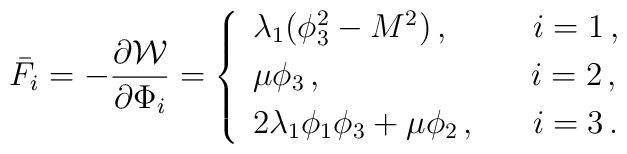
\bar{F}_i= -\frac{\partial{\cal W}}{\partial\Phi_i}=\left\{\begin{array}{l}\lambda_1(\phi^2_3 - M^2)\, , \,\,\, ~~~~~~i=1\, ,\\[0.1cm]\mu\phi_3\, ,  \qquad ~~~~~~~~~~~~~i=2\, ,\\[0.1cm]2\lambda_1\phi_1\phi_3 +\mu\phi_2\, , \,\,\,\, ~~~i=3\, .\end{array}\right.